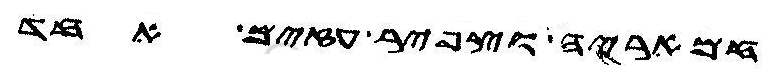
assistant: חמאריה וצפיר עזים אחד